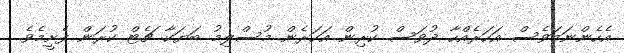
އެހެންނަމަވެސް އަހަރެއްހާ ދުވަސް ކުރިން އަހަރެން މުސްލިމު ބަޔަކާ ޗެޓް ކުރަން ފެށީމެވެ.